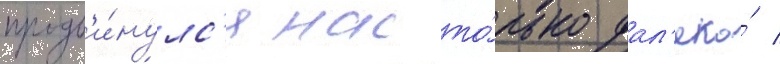
продв'и́нулс'я насто́лько дал'еко́ /